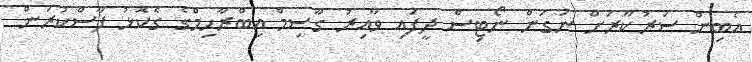
އެބިން ސަރުކާރަށް ނަގަން ނޯޓިސް ދީފައި ވާއިރު ގާސިމް އިބްރާހިމްގެ ގެކޮޅު ފާސްކުރަން